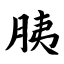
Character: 胰